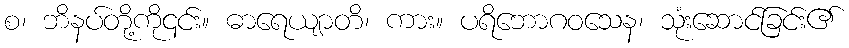
စ၊ ဘိနပ်တို့ကို၎င်း။ ဓာရေယျာတိ၊ ကား။ ပရိဘောဂဝသေန၊ သုံးဆောင်ခြင်း၏